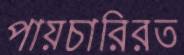
পায়চারিরত